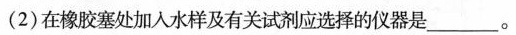
(2)在橡胶塞处加入水样及有关试剂应选择的仪器是________。